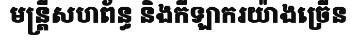
មន្ត្រីសហព័ន្ធ និងកីឡាករយ៉ាងច្រើន